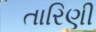
તારિણી